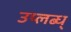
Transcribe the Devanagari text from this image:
उप्लब्ध्